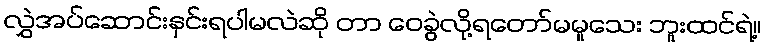
လွှဲအပ်ဆောင်းနှင်းရပါမလဲဆို တာ ဝေခွဲလို့ရတော်မမူသေး ဘူးထင်ရဲ့။